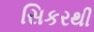
સિકરથી